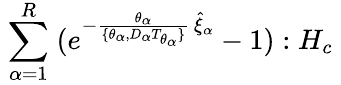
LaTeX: \; \sum_{\alpha=1}^{R}\; (e^{-\frac{\theta_{\alpha}}{\lbrace\theta_{\alpha},D_{\alpha}T_{\theta_{\alpha}}\rbrace}\, \hat{\xi}_{\alpha}}-1):H_{c}\;